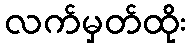
လက်မှတ်ထိုး